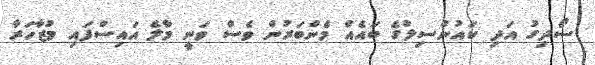
ސޯދިގު އަދި ކައުންސިލުގެ ބައެއް މެންބަރުން ވެސް ވަނީ މާލެ އައިސްފައި މުޒާހަރާ